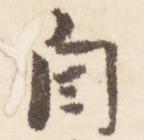
自